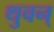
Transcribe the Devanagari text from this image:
थुवन्